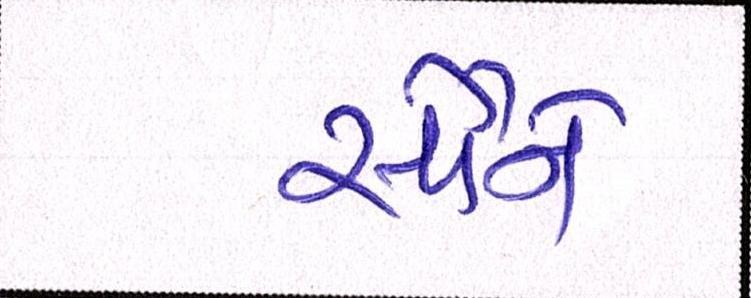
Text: સૌનો